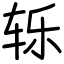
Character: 轹